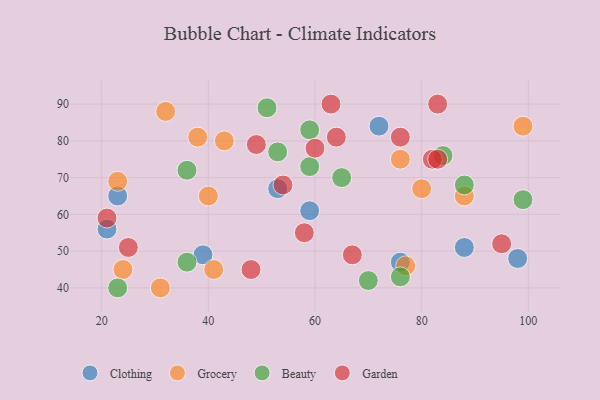
{"axis": {"x": "GDP", "y": "Life Expectancy"}, "legend": ["Beauty", "Clothing", "Garden", "Grocery"], "data": [{"x": "23", "y": 65, "type": "Clothing"}, {"x": "21", "y": 56, "type": "Clothing"}, {"x": "72", "y": 84, "type": "Clothing"}, {"x": "76", "y": 47, "type": "Clothing"}, {"x": "53", "y": 67, "type": "Clothing"}, {"x": "88", "y": 51, "type": "Clothing"}, {"x": "39", "y": 49, "type": "Clothing"}, {"x": "59", "y": 61, "type": "Clothing"}, {"x": "98", "y": 48, "type": "Clothing"}, {"x": "23", "y": 69, "type": "Grocery"}, {"x": "31", "y": 40, "type": "Grocery"}, {"x": "77", "y": 46, "type": "Grocery"}, {"x": "88", "y": 65, "type": "Grocery"}, {"x": "76", "y": 75, "type": "Grocery"}, {"x": "32", "y": 88, "type": "Grocery"}, {"x": "80", "y": 67, "type": "Grocery"}, {"x": "41", "y": 45, "type": "Grocery"}, {"x": "24", "y": 45, "type": "Grocery"}, {"x": "38", "y": 81, "type": "Grocery"}, {"x": "99", "y": 84, "type": "Grocery"}, {"x": "43", "y": 80, "type": "Grocery"}, {"x": "40", "y": 65, "type": "Grocery"}, {"x": "59", "y": 83, "type": "Beauty"}, {"x": "36", "y": 72, "type": "Beauty"}, {"x": "23", "y": 40, "type": "Beauty"}, {"x": "76", "y": 43, "type": "Beauty"}, {"x": "84", "y": 76, "type": "Beauty"}, {"x": "36", "y": 47, "type": "Beauty"}, {"x": "59", "y": 73, "type": "Beauty"}, {"x": "51", "y": 89, "type": "Beauty"}, {"x": "65", "y": 70, "type": "Beauty"}, {"x": "99", "y": 64, "type": "Beauty"}, {"x": "70", "y": 42, "type": "Beauty"}, {"x": "88", "y": 68, "type": "Beauty"}, {"x": "53", "y": 77, "type": "Beauty"}, {"x": "48", "y": 45, "type": "Garden"}, {"x": "82", "y": 75, "type": "Garden"}, {"x": "21", "y": 59, "type": "Garden"}, {"x": "76", "y": 81, "type": "Garden"}, {"x": "83", "y": 75, "type": "Garden"}, {"x": "58", "y": 55, "type": "Garden"}, {"x": "60", "y": 78, "type": "Garden"}, {"x": "83", "y": 90, "type": "Garden"}, {"x": "25", "y": 51, "type": "Garden"}, {"x": "95", "y": 52, "type": "Garden"}, {"x": "67", "y": 49, "type": "Garden"}, {"x": "64", "y": 81, "type": "Garden"}, {"x": "49", "y": 79, "type": "Garden"}, {"x": "63", "y": 90, "type": "Garden"}, {"x": "54", "y": 68, "type": "Garden"}]}